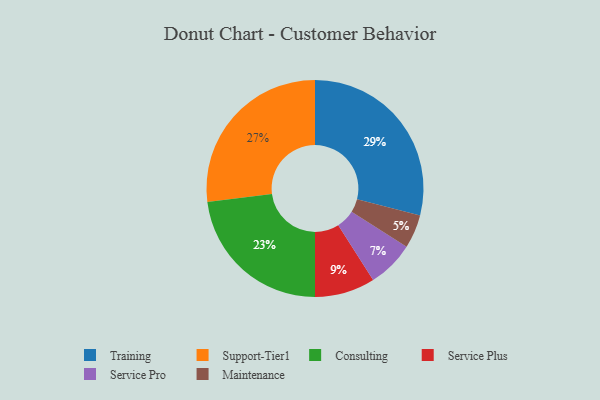
{"axis": {"x": "Category", "y": "Percentage"}, "legend": ["Consulting", "Maintenance", "Service Plus", "Service Pro", "Support-Tier1", "Training"], "data": [{"x": "Consulting", "y": 23, "type": "Consulting"}, {"x": "Service Plus", "y": 9, "type": "Service Plus"}, {"x": "Maintenance", "y": 5, "type": "Maintenance"}, {"x": "Training", "y": 29, "type": "Training"}, {"x": "Service Pro", "y": 7, "type": "Service Pro"}, {"x": "Support-Tier1", "y": 27, "type": "Support-Tier1"}]}